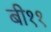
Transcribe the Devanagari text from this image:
बी११